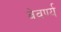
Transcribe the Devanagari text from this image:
वेवर्ण्य